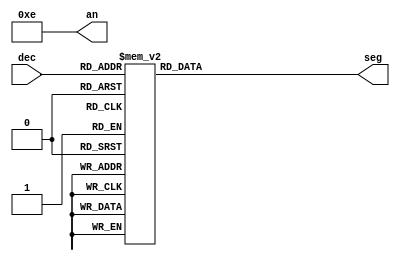
`timescale 1ns / 1ps

module seg7_control(
    input [3:0] dec,        // from decoder
    output [3:0] an,        // anodes
    output reg [6:0] seg    // cathodes
    );

	assign an = 4'b1110;   // only using far right digit

    // segment patterns based on decoder value
	always @(dec) begin
		case (dec)       // gfedcba  <-- segment order
			4'h0 : seg = 7'b1000000;   // 0
			4'h1 : seg = 7'b1111001;   // 1
			4'h2 : seg = 7'b0100100;   // 2
			4'h3 : seg = 7'b0110000;   // 3
			4'h4 : seg = 7'b0011001;   // 4
			4'h5 : seg = 7'b0010010;   // 5
			4'h6 : seg = 7'b0000010;   // 6
			4'h7 : seg = 7'b1111000;   // 7
			4'h8 : seg = 7'b0000000;   // 8
			4'h9 : seg = 7'b0010000;   // 9
			4'hA : seg = 7'b0001000;   // A
			4'hB : seg = 7'b0000011;   // B
			4'hC : seg = 7'b1000110;   // C
			4'hD : seg = 7'b0100001;   // D
			4'hE : seg = 7'b0000110;   // E
			4'hF : seg = 7'b0001110;   // F	
		endcase
	end

endmodule